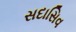
સદાસિવ